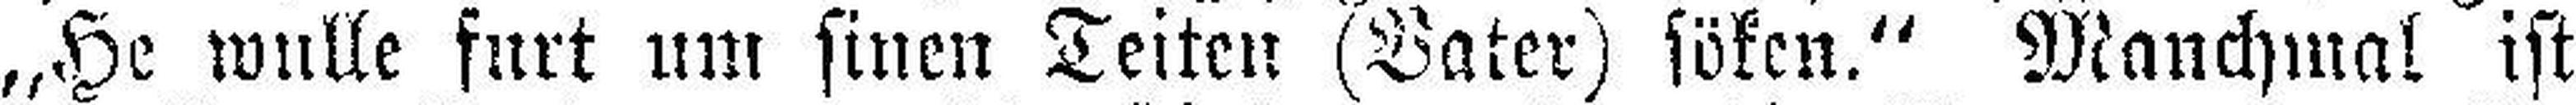
„He wulle furt um sinen Teiten (Vater) söken.“ Manchmal ist